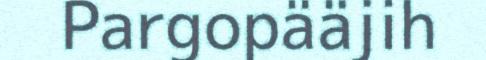
Pargopääjih